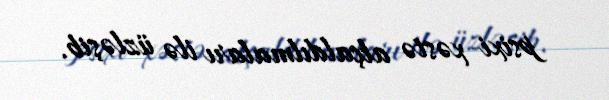
psixi xəstə alçaldılmaları ilə üzləşib.